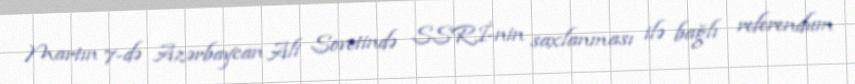
Martın 7-də Azərbaycan Ali Sovetində SSRİ-nin saxlanması ilə bağlı referendum